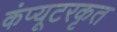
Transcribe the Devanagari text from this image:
कंप्यूटरकृत